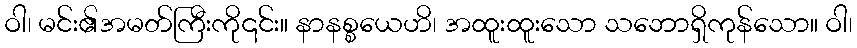
ဝါ၊ မင်း၏အမတ်ကြီးကို၎င်း။ နာနစ္စယေဟိ၊ အထူးထူးသော သဘောရှိကုန်သော။ ဝါ၊